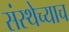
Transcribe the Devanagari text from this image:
संस्थेच्याच